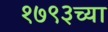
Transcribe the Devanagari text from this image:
१७९३च्या